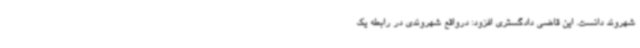
شهروند دانست. این قاضی دادگستری افزود: درواقع شهروندی در رابطه یک